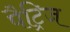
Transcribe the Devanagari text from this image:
पैट्रिज